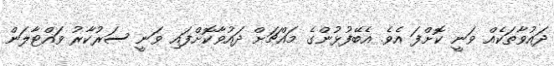
ދައުވާތަކެއް ވަނީ ކޮށްފަ އެވެ. އެބޭފުޅުންގެ މައްޗަށް ދައުވާކޮށްފައި ވަނީ ސަރުކާރު ވައްޓާލަން